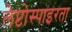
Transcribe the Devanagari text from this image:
लेप्टोस्पाइरता